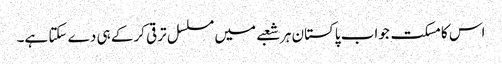
اس کا مسکت جواب پاکستان ہر شعبے میں مسلسل ترقی کرکے ہی دے سکتا ہے۔